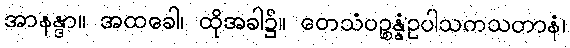
အာနန္ဒာ။ အထခေါ၊ ထိုအခါ၌။ တေသံပဉ္စန္နံဥပါသကသတာနံ၊